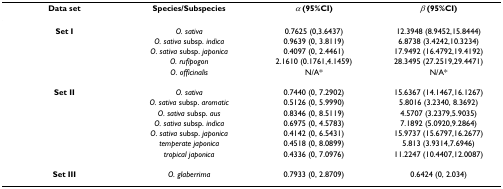
<table><thead><tr><td><b>Data set</b></td><td><b>Species/Subspecies</b></td><td><b><i>α </i>(95%CI)</b></td><td><b><i>β </i>(95%CI)</b></td></tr></thead><tbody><tr><td><b>Set I</b></td><td><i>O. sativa</i></td><td>0.7625 (0,3.6437)</td><td>12.3948 (8.9452,15.8444)</td></tr><tr><td></td><td><i>O. sativa </i>subsp. <i>indica</i></td><td>0.9639 (0, 3.8119)</td><td>6.8738 (3.4242,10.3234)</td></tr><tr><td></td><td><i>O. sativa </i>subsp. <i>japonica</i></td><td>0.4097 (0, 2.4461)</td><td>17.9492 (16.4792,19.4192)</td></tr><tr><td></td><td><i>O. rufipogon</i></td><td>2.1610 (0.1761,4.1459)</td><td>28.3495 (27.2519,29.4471)</td></tr><tr><td></td><td><i>O. officinalis</i></td><td>N/A*</td><td>N/A*</td></tr><tr><td><b>Set II</b></td><td><i>O. sativa</i></td><td>0.7440 (0, 7.2902)</td><td>15.6367 (14.1467,16.1267)</td></tr><tr><td></td><td><i>O. sativa </i>subsp. <i>aromatic</i></td><td>0.5126 (0, 5.9990)</td><td>5.8016 (3.2340, 8.3692)</td></tr><tr><td></td><td><i>O. sativa </i>subsp. <i>aus</i></td><td>0.8346 (0, 8.5119)</td><td>4.5707 (3.2379,5.9035)</td></tr><tr><td></td><td><i>O. sativa </i>subsp. <i>indica</i></td><td>0.6975 (0, 4.5783)</td><td>7.1892 (5.0920,9.2864)</td></tr><tr><td></td><td><i>O. sativa </i>subsp. <i>japonica</i></td><td>0.4142 (0, 6.5431)</td><td>15.9737 (15.6797,16.2677)</td></tr><tr><td></td><td><i>temperate japonica</i></td><td>0.4518 (0, 8.0899)</td><td>5.813 (3.9314,7.6946)</td></tr><tr><td></td><td><i>tropical japonica</i></td><td>0.4336 (0, 7.0976)</td><td>11.2247 (10.4407,12.0087)</td></tr><tr><td><b>Set III</b></td><td><i>O. glaberrima</i></td><td>0.7933 (0, 2.8709)</td><td>0.6424 (0, 2.034)</td></tr></tbody></table>